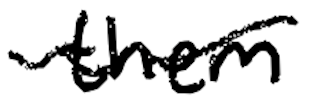
Text: them
Cross-out: wave
Writing tool: digital_black